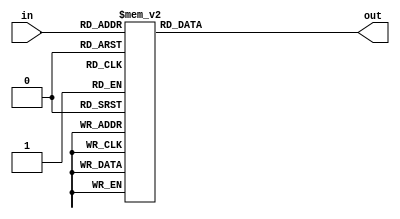
module hex (input [3:0] in, output reg [6:0] out);
    always @(*)
        case (in)
            4'b0000: out = ~7'h3F;
            4'b0001: out = ~7'h06;
            4'b0010: out = ~7'h5B;
            4'b0011: out = ~7'h4F;
            4'b0100: out = ~7'h66;
            4'b0101: out = ~7'h6D;
            4'b0110: out = ~7'h7D;
            4'b0111: out = ~7'h07;
            4'b1000: out = ~7'h7F;
            4'b1001: out = ~7'h6F;
            4'b1010: out = ~7'h77;
            4'b1011: out = ~7'h7C;
            4'b1100: out = ~7'h39;
            4'b1101: out = ~7'h5E;
            4'b1110: out = ~7'h79;
            4'b1111: out = ~7'h71;
        endcase
endmodule